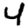
Digit: 4